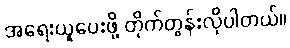
အရေးယူပေးဖို့ တိုက်တွန်းလိုပါတယ်။